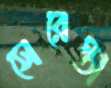
সেরেস্তা